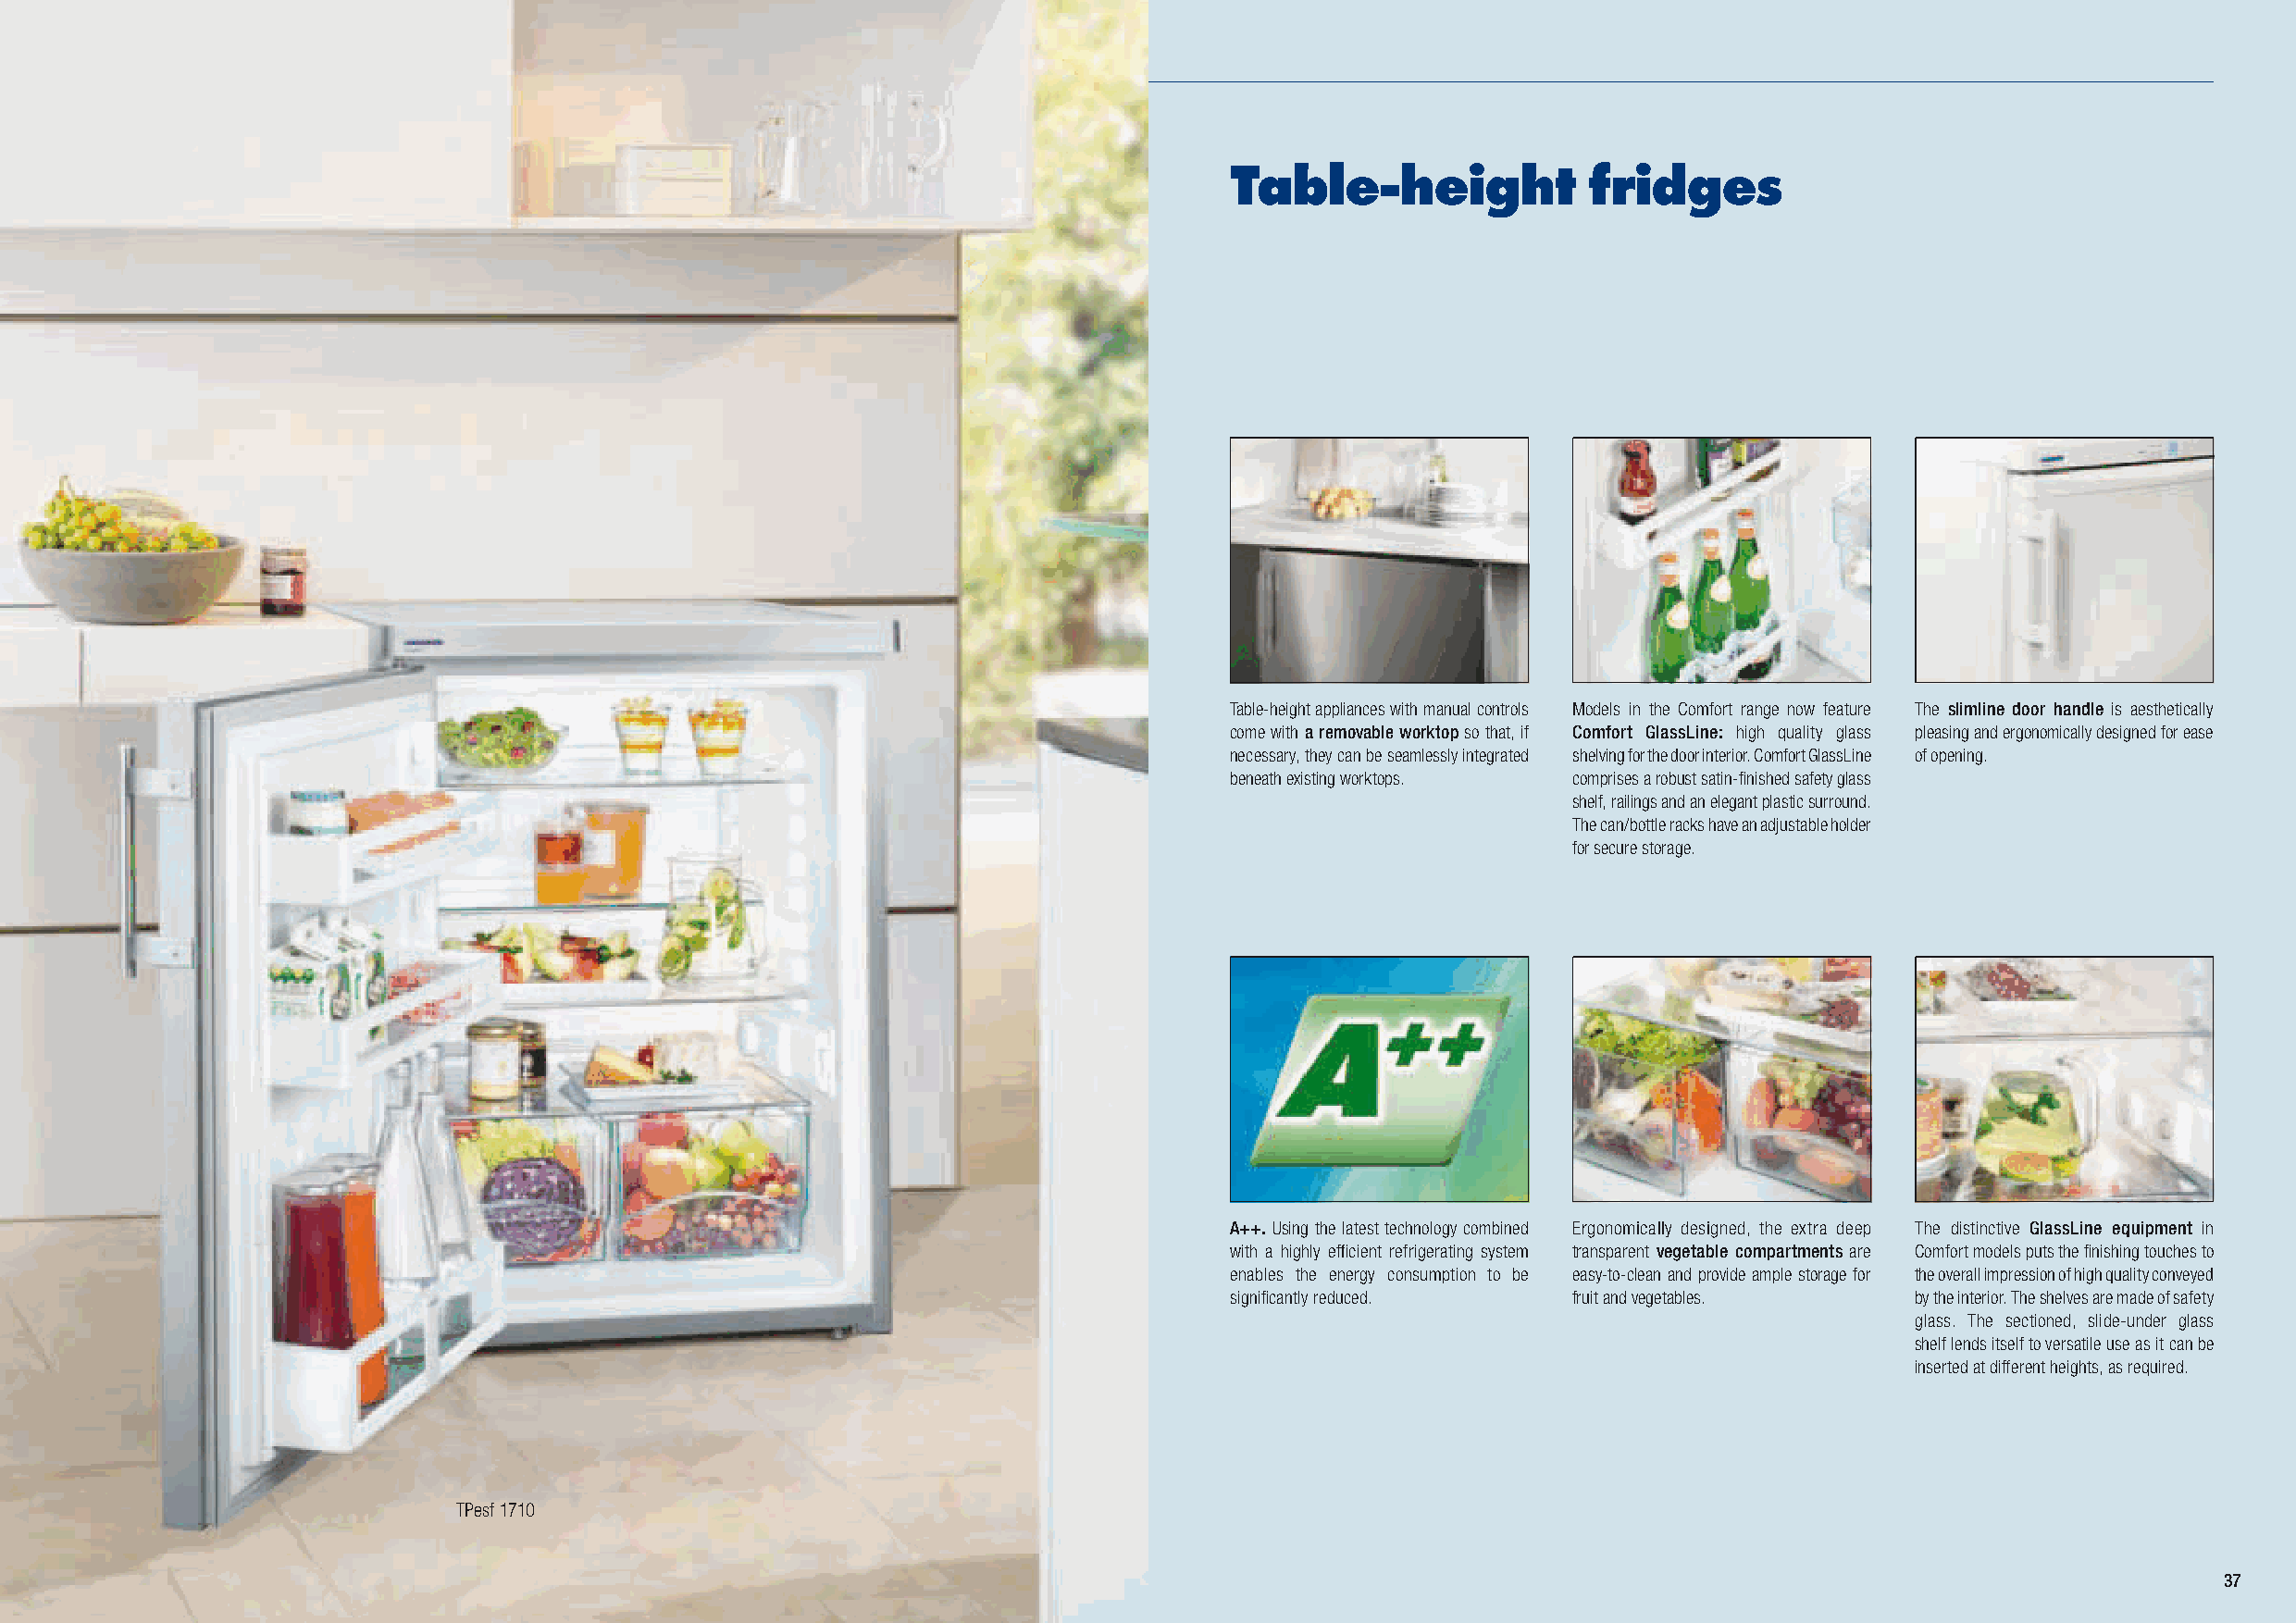
Table-height              fridges
 Table-height appliances with manual controls Models in the Comfort range now feature The slimline door handle is aesthetically
 come with a removable worktop so that, if Comfort GlassLine: high quality glass pleasing and ergonomically designed for ease
 necessary, they can be seamlessly integrated shelving for the door interior. Comfort GlassLine of opening.
 beneath existing worktops. comprises a robust satin-fi nished safety glass
 shelf, railings and an elegant plastic surround.
 The can/bottle racks have an adjustable holder
 for secure storage.
 A++. Using the latest technology combined Ergonomically designed, the extra deep The distinctive GlassLine equipment in
 with a highly effi cient refrigerating system transparent vegetable compartments are Comfort models puts the fi nishing touches to
 enables the energy consumption to be easy-to-clean and provide ample storage for the overall impression of high quality conveyed
 signifi cantly reduced. fruit and vegetables.    by the interior. The shelves are made of safety
 glass. The sectioned, slide-under glass
 shelf lends itself to versatile use as it can be
 inserted at diff erent heights, as required.
 TPesf 1710
 37
 LHG_Stand_2014_32-65_GB_02.indd 36                                     27.11.2013 13:33:10 Uhr LLHHGG__SSttaanndd__22001144__3322--6655__GGBB__0022..iinndddd 3377 2277..1111..22001133 1133::3333::1177 UUhhrr